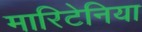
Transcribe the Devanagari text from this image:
मारिटेनिया